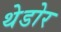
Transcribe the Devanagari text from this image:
थेडोर